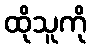
ထိုသူကို